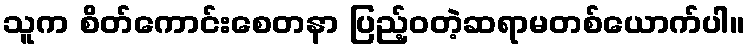
သူက စိတ်ကောင်းစေတနာ ပြည့်ဝတဲ့ဆရာမတစ်ယောက်ပါ။